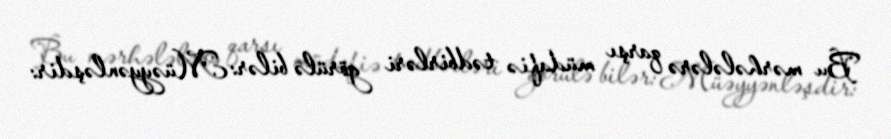
Bu mərhələlərə qarşı müdafiə tədbirləri görülə bilər: Müəyyənləşdir: